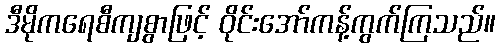
ဒီမိုကရေစီကျစွာဖြင့် ဝိုင်းအော်ကန့်ကွက်ကြသည်။